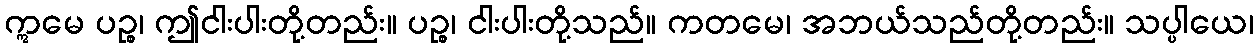
ဣမေ ပဉ္စ၊ ဤငါးပါးတို့တည်း။ ပဉ္စ၊ ငါးပါးတို့သည်။ ကတမေ၊ အဘယ်သည်တို့တည်း။ သပ္ပါယေ၊